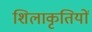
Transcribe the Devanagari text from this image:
शिलाकृतियों